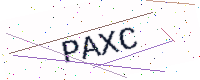
Text: PAXC